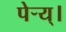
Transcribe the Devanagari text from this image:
पेर्‍य्।